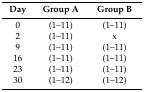
| Day | Group A | Group B |
 | --- | --- | --- |
 | 0 | (1–11) | (1–11) |
 | 2 | (1–11) | x |
 | 9 | (1–11) | (1–11) |
 | 16 | (1–11) | (1–11) |
 | 23 | (1–11) | (1–11) |
 | 30 | (1–12) | (1–12) |